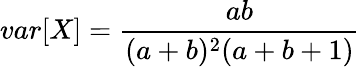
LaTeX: var[X]=\frac{ab}{(a+b)^{2}(a+b+1)}